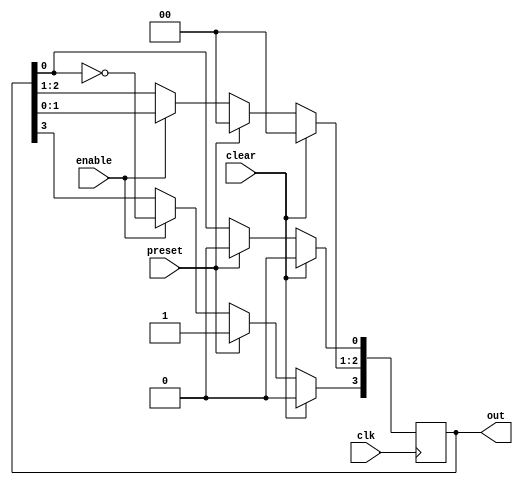
`timescale 1ns / 1ps


module jhonson_counter(
    input enable,
    input clear,
    input preset,
    input clk,
    output reg [3:0] out
    );
always@(posedge clk)

begin

if(clear)
 out <= 4'b0000;
else if(preset)
 out <= 4'b1000;
else if(enable)
 begin
 out[3:1] <= out[2:0];
 out[3] <= ~out[0];
 end

end

endmodule